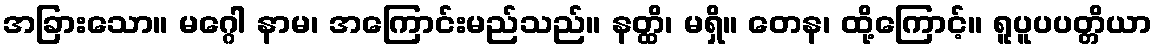
အခြားသော။ မဂ္ဂေါ နာမ၊ အကြောင်းမည်သည်။ နတ္ထိ၊ မရှိ။ တေန၊ ထို့ကြောင့်။ ရူပူပပတ္တိယာ